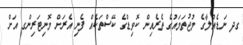
ގދ ނަޑެއްލާގެ މުޖުތަމައުގެ ތެރެއިން ކޮވިޑްގެ ކޭސްތަކެއް ފެނި އެރަށް މޮނިޓަރިންގ އަށް